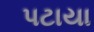
પટાયા